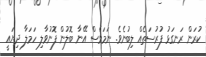
ކުރަން ރަނގަޅު ފުރުސަތެއް ލިބުނެވެ. ނަމަވެސް އޭނާ ބޮލުން ފޮނުވާލި ހަމަލާ ދިޔައީ